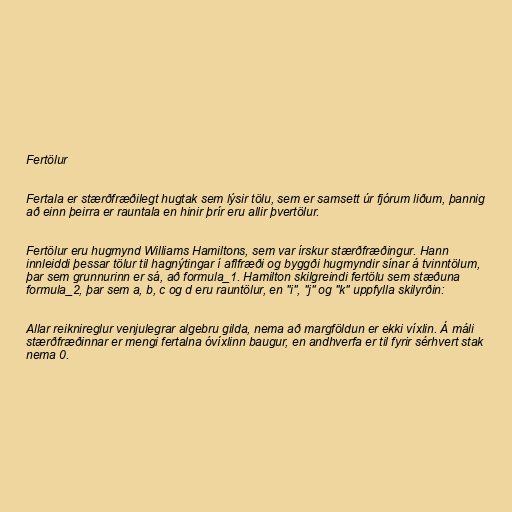
Fertölur

Fertala er stærðfræðilegt hugtak sem lýsir tölu, sem er samsett úr fjórum liðum, þannig
að einn þeirra er rauntala en hinir þrír eru allir þvertölur.

Fertölur eru hugmynd Williams Hamiltons, sem var írskur stærðfræðingur. Hann
innleiddi þessar tölur til hagnýtingar í aflfræði og byggði hugmyndir sínar á tvinntölum,
þar sem grunnurinn er sá, að formula_1. Hamilton skilgreindi fertölu sem stæðuna
formula_2, þar sem a, b, c og d eru rauntölur, en "i", "j" og "k" uppfylla skilyrðin:

Allar reiknireglur venjulegrar algebru gilda, nema að margföldun er ekki víxlin. Á máli
stærðfræðinnar er mengi fertalna óvíxlinn baugur, en andhverfa er til fyrir sérhvert stak
nema 0.